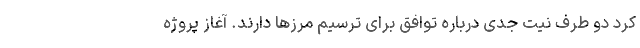
کرد دو طرف نیت جدی درباره توافق برای ترسیم مرزها دارند. آغاز پروژه